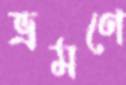
ভ্রমণে